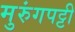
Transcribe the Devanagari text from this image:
मुरुंगपट्टी